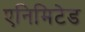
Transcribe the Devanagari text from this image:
एनिमिटेड